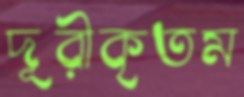
দূরীকৃতম